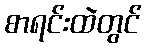
စာရင်းထဲတွင်